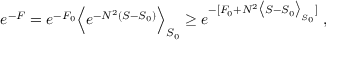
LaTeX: e ^ { - F } = e ^ { - F _ { 0 } } \Big < e ^ { - N ^ { 2 } ( S - S _ { 0 } ) } \Big > _ { S _ { 0 } } \ge e ^ { - [ F _ { 0 } + N ^ { 2 } \big < S - S _ { 0 } \big > _ { S _ { 0 } } ] } \; ,